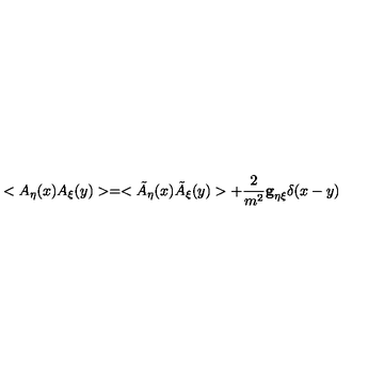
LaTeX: < A _ { \eta } ( x ) A _ { \xi } ( y ) > = < \tilde { A } _ { \eta } ( x ) \tilde { A } _ { \xi } ( y ) > + \frac { 2 } { m ^ { 2 } } { \bf g } _ { \eta \xi } { \bf \delta } ( x - y )